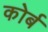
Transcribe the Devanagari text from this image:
कोर्ब